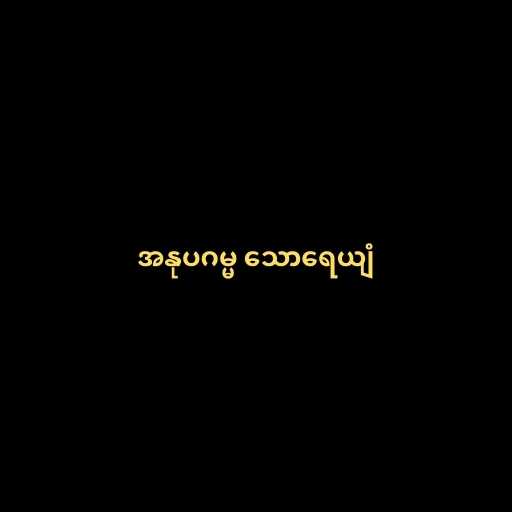
အနုပဂမ္မ သောရေယျံ